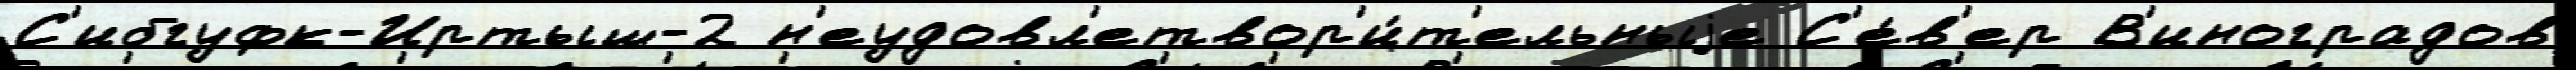
С'ибгуфк-Иртыш-2 н'еудовл'етвор'и́т'ельныjе С'е́в'ер В'иноградов